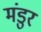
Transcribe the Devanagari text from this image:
मंडुर